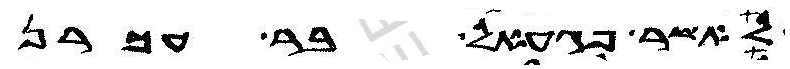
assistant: לאשר פגעאל בר עכרן